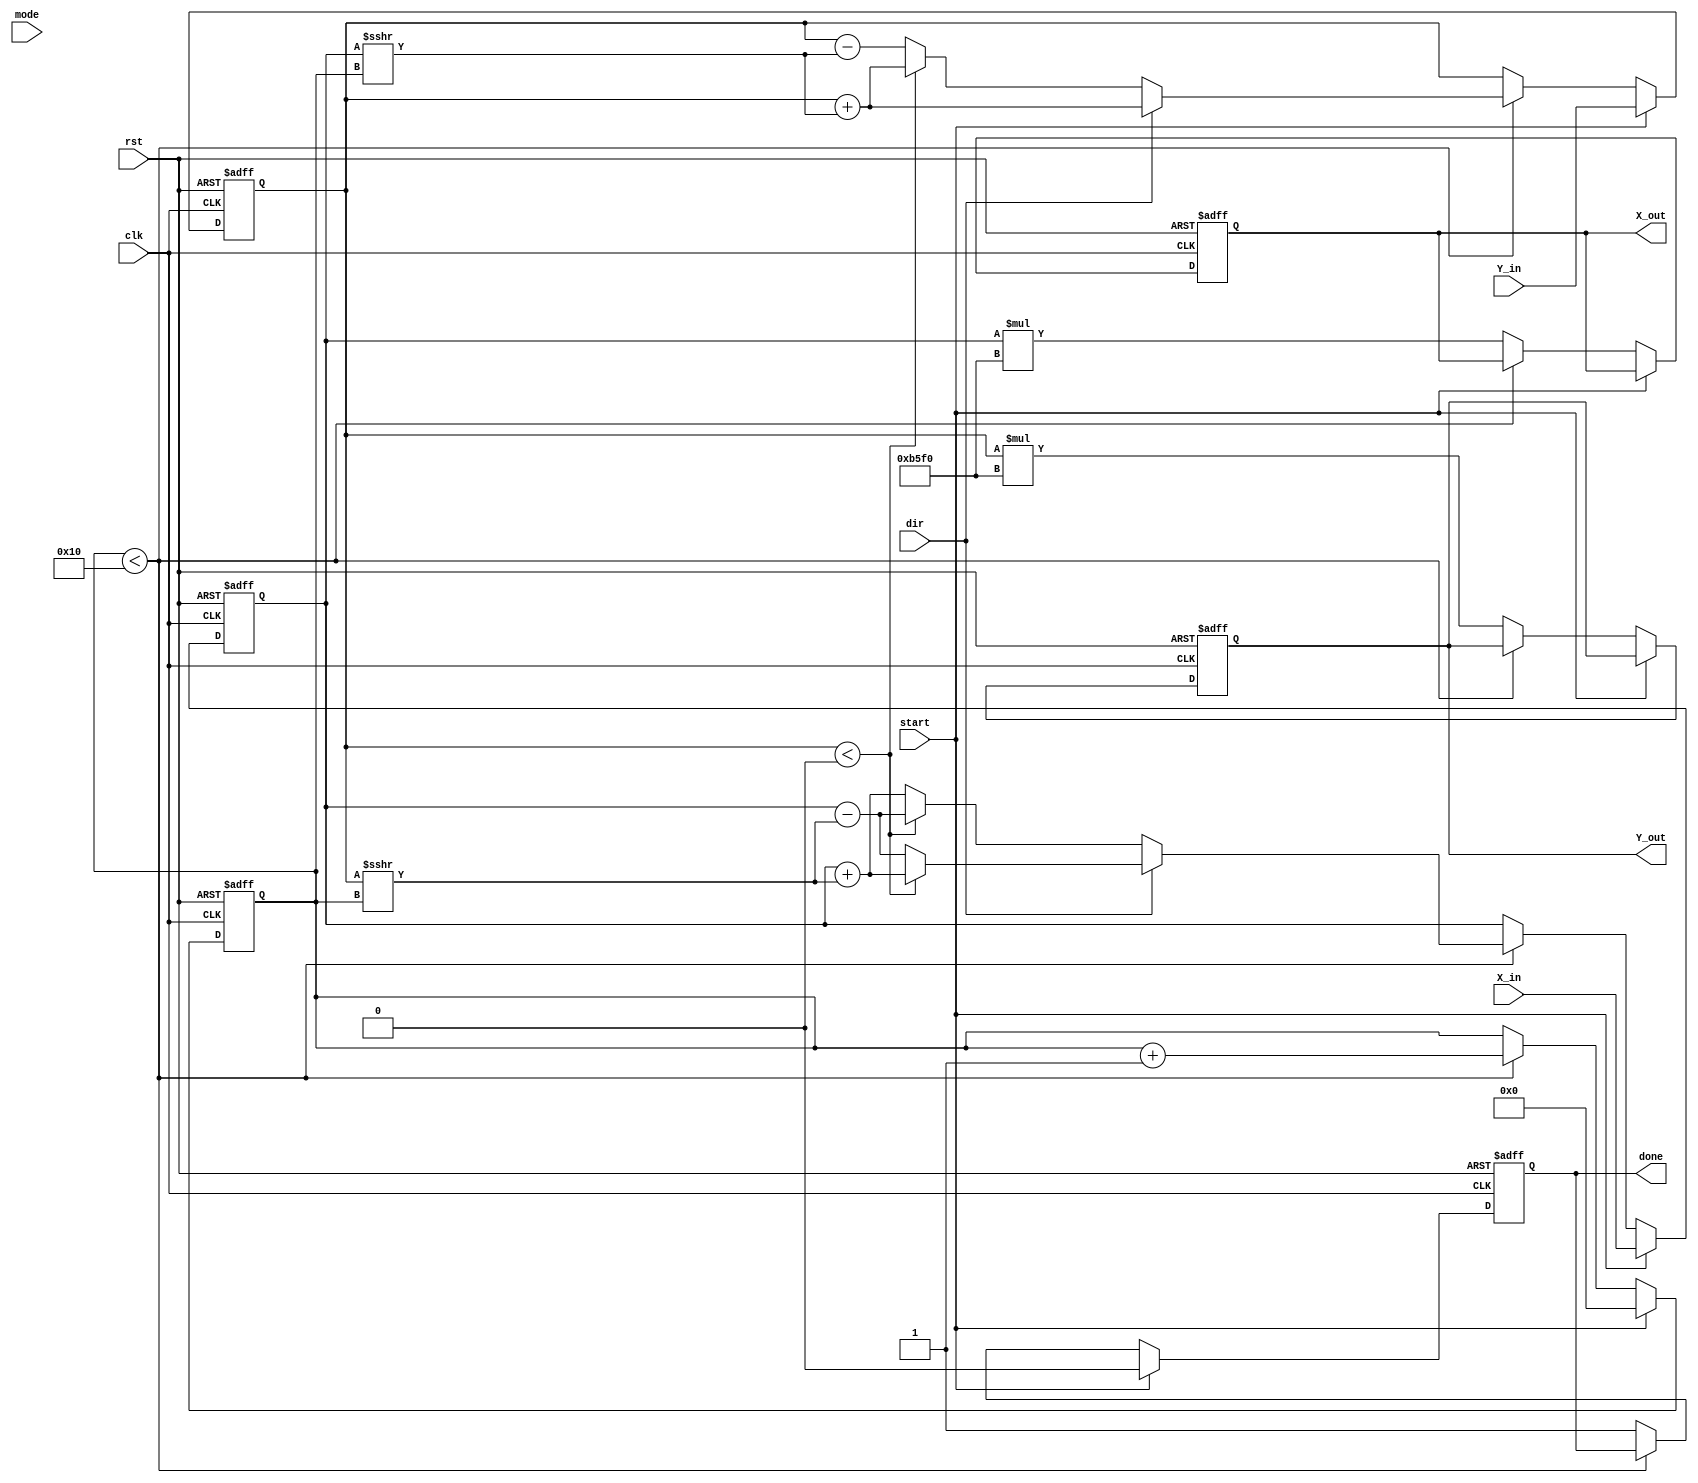
module cordic #(
    parameter DATA_WIDTH = 16,     // Number of bits for inputs and outputs
    parameter NUM_ITERATIONS = 16   // Number of iterations for precision
)(
    input wire clk,
    input wire rst,
    input wire start,
    input wire [DATA_WIDTH-1:0] X_in,
    input wire [DATA_WIDTH-1:0] Y_in,
    input wire mode,                // 0 for rotation, 1 for vectoring
    input wire dir,                 // 0 for clockwise, 1 for counter-clockwise
    output reg [DATA_WIDTH-1:0] X_out,
    output reg [DATA_WIDTH-1:0] Y_out,
    output reg done
);

    // Internal registers
    reg [DATA_WIDTH-1:0] X_reg;
    reg [DATA_WIDTH-1:0] Y_reg;
    reg [4:0] iteration; // To count iterations
    reg [DATA_WIDTH-1:0] angle; // Current angle from lookup table
    reg [DATA_WIDTH-1:0] K; // Scaling factor

    // Pre-computed angle lookup table (arctan values for CORDIC)
    reg [DATA_WIDTH-1:0] atan_table [0:NUM_ITERATIONS-1];

    initial begin
        // Initialize the atan_table with pre-computed values
        // These values should be scaled appropriately based on DATA_WIDTH
        atan_table[0] = 16'h26BD; // atan(1/2^0) in fixed-point
        atan_table[1] = 16'h1DAC; // atan(1/2^1)
        atan_table[2] = 16'h0FAD; // atan(1/2^2)
        atan_table[3] = 16'h07F5; // atan(1/2^3)
        // Add more entries as needed for NUM_ITERATIONS
        // ...
        atan_table[NUM_ITERATIONS-1] = 16'h0000; // Last entry
    end

    // Scaling factor for CORDIC
    initial begin
        K = 16'hB5F0; // Example scaling factor for 16-bit precision
    end

    // State machine for CORDIC operation
    always @(posedge clk or posedge rst) begin
        if (rst) begin
            X_reg <= 0;
            Y_reg <= 0;
            iteration <= 0;
            done <= 0;
            X_out <= 0;
            Y_out <= 0;
        end else if (start) begin
            // Initialize registers
            X_reg <= X_in;
            Y_reg <= Y_in;
            iteration <= 0;
            done <= 0;
        end else if (iteration < NUM_ITERATIONS) begin
            // Perform CORDIC rotation or vectoring
            angle <= atan_table[iteration];
            if (dir) begin // Counter-clockwise
                if (Y_reg < 0) begin
                    X_reg <= X_reg + (Y_reg >>> iteration);
                    Y_reg <= Y_reg + (X_reg >>> iteration);
                end else begin
                    X_reg <= X_reg - (Y_reg >>> iteration);
                    Y_reg <= Y_reg + (X_reg >>> iteration);
                end
            end else begin // Clockwise
                if (Y_reg < 0) begin
                    X_reg <= X_reg - (Y_reg >>> iteration);
                    Y_reg <= Y_reg + (X_reg >>> iteration);
                end else begin
                    X_reg <= X_reg + (Y_reg >>> iteration);
                    Y_reg <= Y_reg - (X_reg >>> iteration);
                end
            end
            iteration <= iteration + 1;
        end else begin
            // Final output after iterations
            X_out <= X_reg * K; // Apply scaling factor
            Y_out <= Y_reg * K; // Apply scaling factor
            done <= 1; // Indicate completion
        end
    end

endmodule